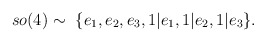
\begin{align*}so(4)\sim ~\{e_{1},e_{2},e_{3},1|e_{1},1|e_{2},1|e_{3}\}.\end{align*}